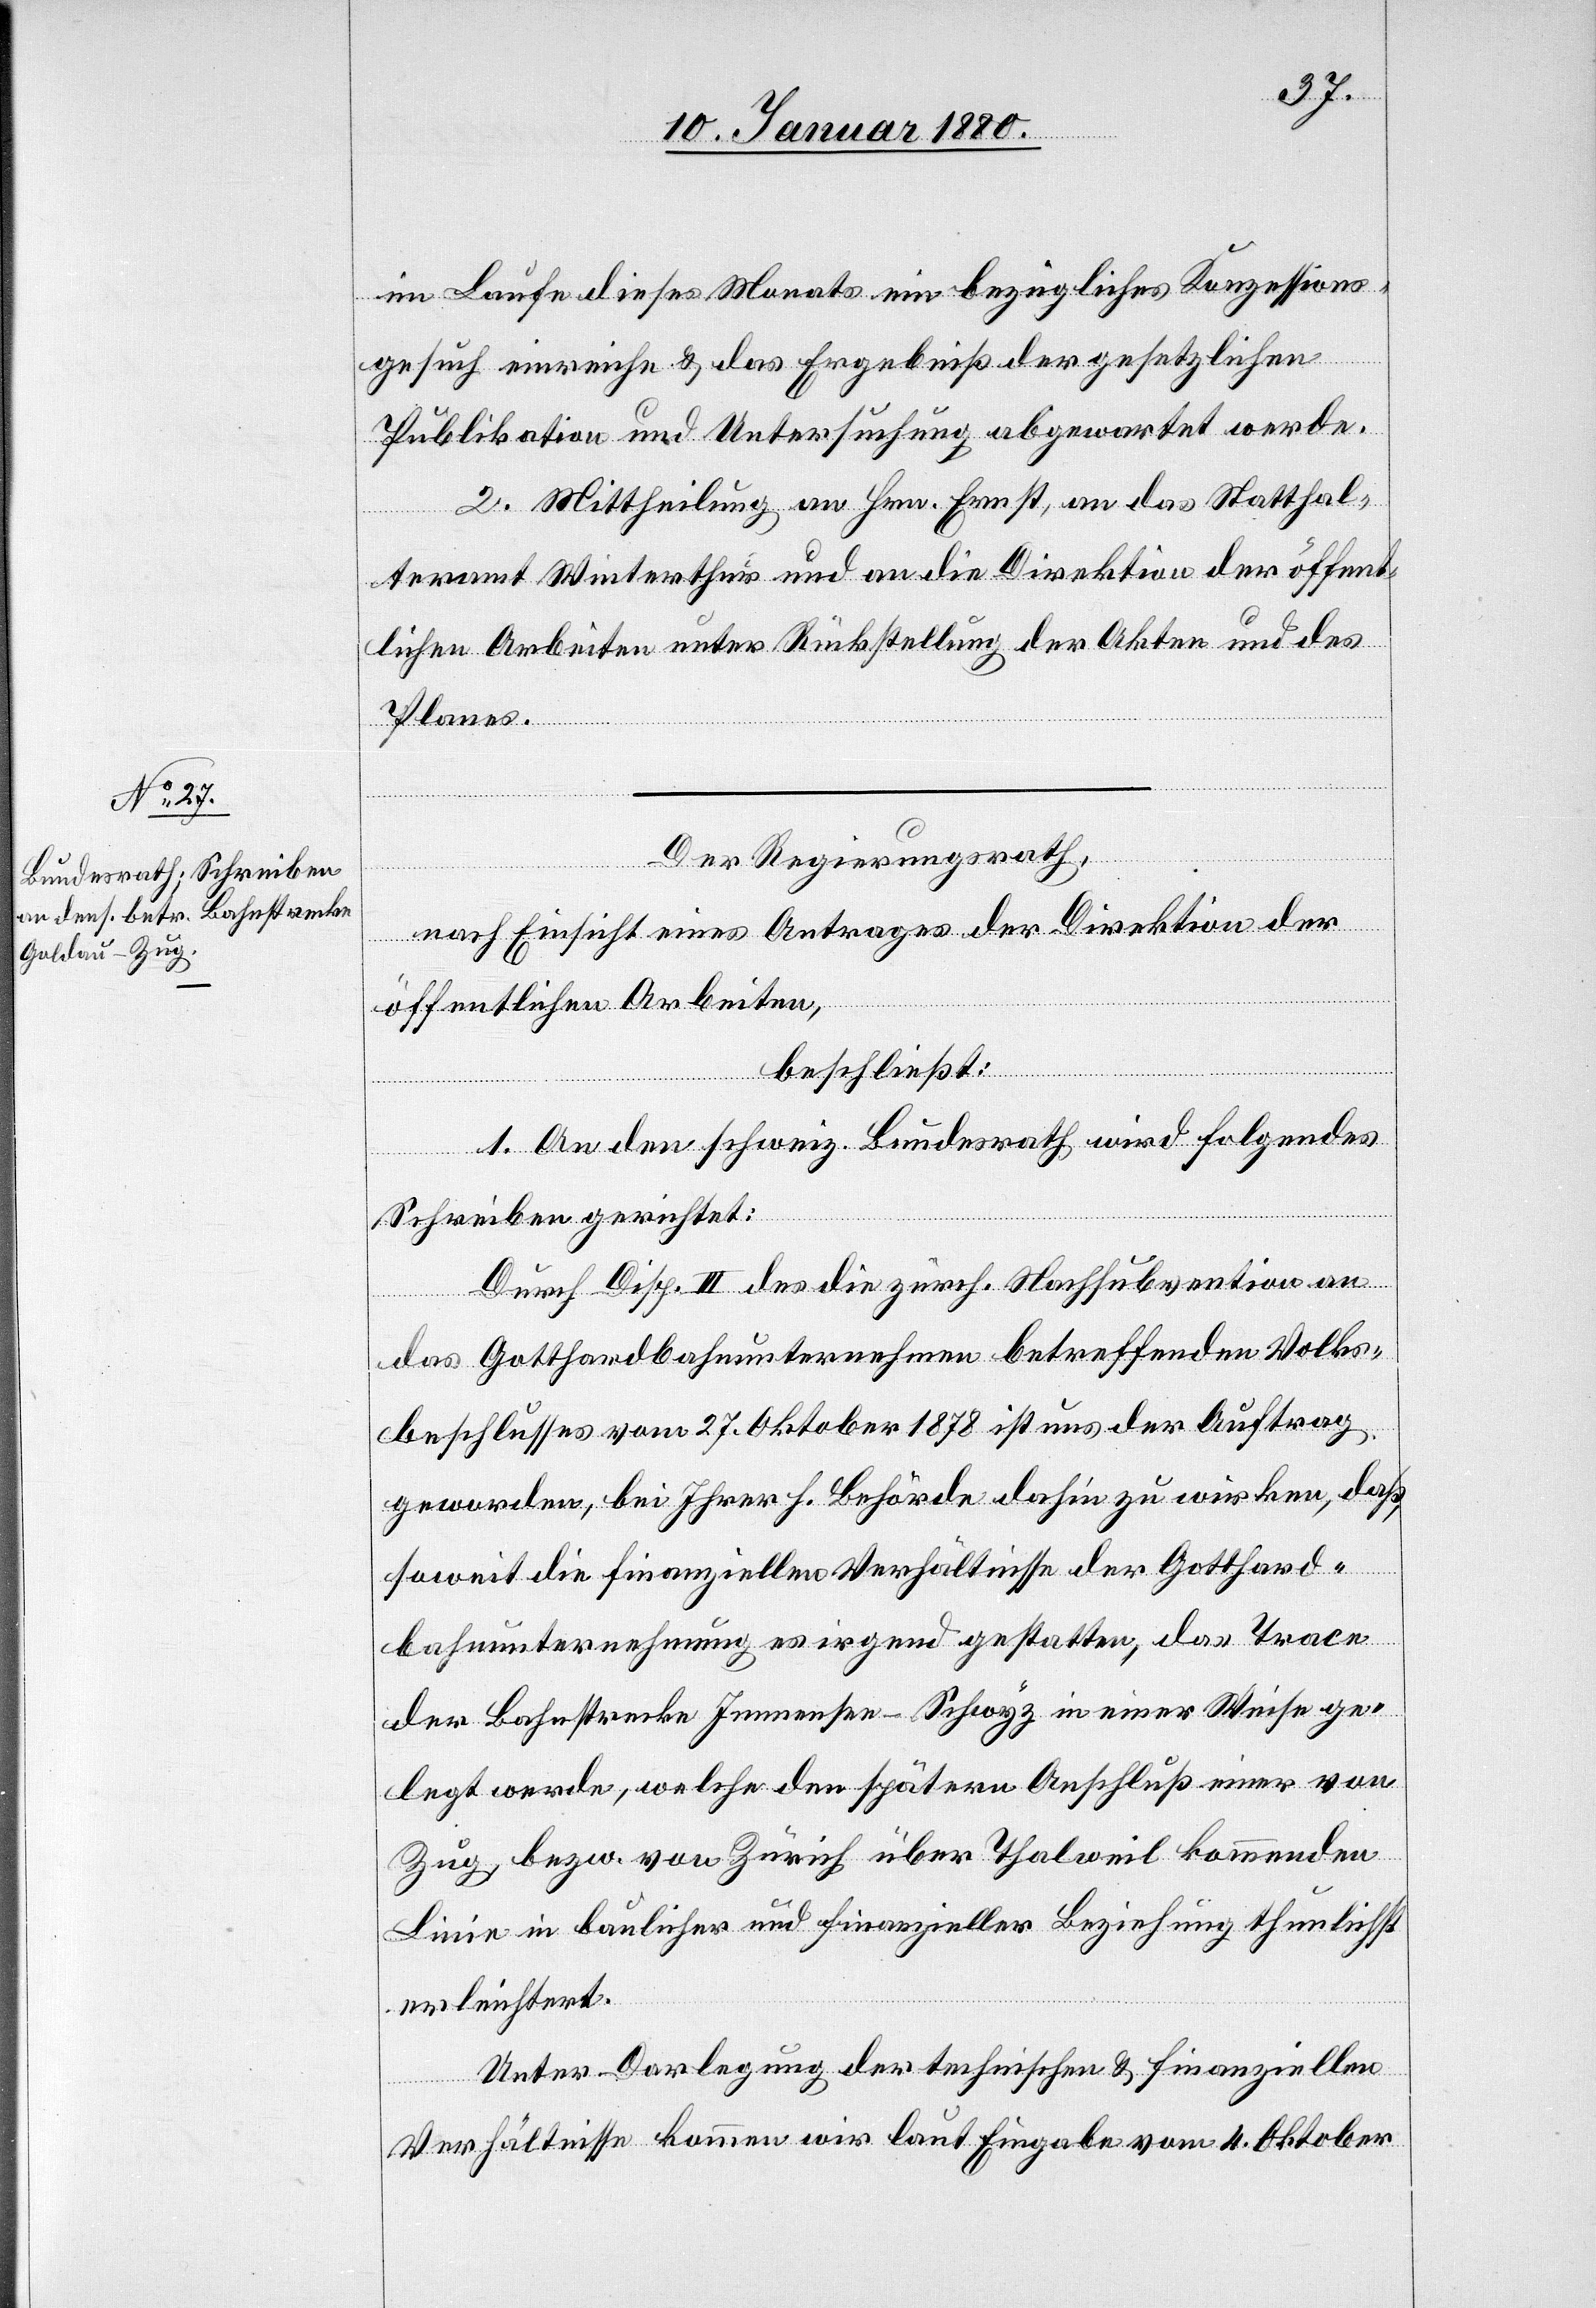
im Laufe dieses Monats ein bezügliches Konzessions¬
gesuch einreiche & das Ergebniß der gesetzlichen
Publikation und Untersuchung abgewartet werde.
2. Mittheilung an Hrn. Ernst, an das Statthal¬
teramt Winterthur und an die Direktion der öffent¬
lichen Arbeiten unter Rückstellung der Akten und des
Planes.
Der Regierungsrath,
nach Einsicht eines Antrages der Direktion der
öffentlichen Arbeiten,
beschließt:
1. An den schweiz. Bundesrath wird folgendes
Schreiben gerichtet:
Durch Disp. III des die zürch. Nachsubvention an
das Gotthardbahnunternehmen betreffenden Volks¬
beschlusses vom 27. Oktober 1878 ist uns der Auftrag
geworden, bei Ihrer h. Behörde dahin zu wirken, daß
soweit die finanziellen Verhältnisse der Gotthard¬
bahnunternehmung es irgend gestatten, das Trace
der Bahnstrecke Immensee–Schwyz in einer Weise ge¬
legt werde, welche den spätern Anschluß einer von
Zug, bzw. von Zürich über Thalweil kommenden
Linie in baulicher und finanzieller Beziehung thunlichst
erleichtert.
Unter Darlegung der technischen & finanziellen
Verhältnisse kommen wir laut Eingabe vom 4. Oktober